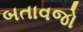
બતાવજો